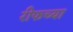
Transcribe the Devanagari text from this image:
रीफच्या